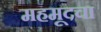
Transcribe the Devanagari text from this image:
महमूदचा